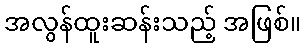
အလွန်ထူးဆန်းသည့် အဖြစ်။